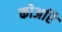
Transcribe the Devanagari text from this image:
कोअरि